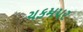
ચકમપર